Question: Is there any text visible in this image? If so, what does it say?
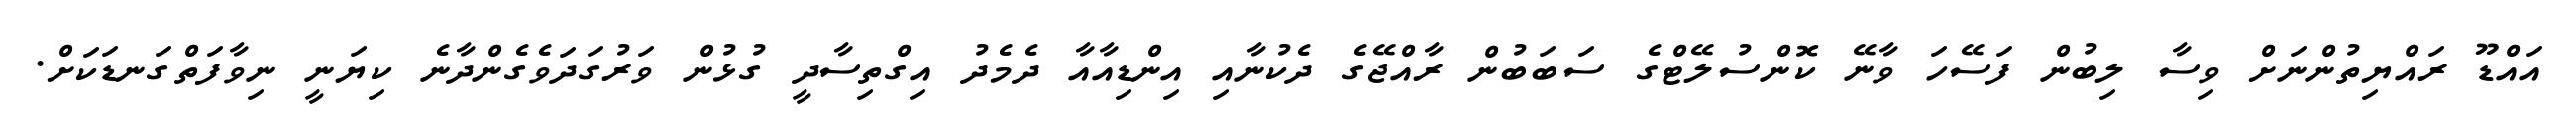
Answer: އައްޑޫ ރައްޔިތުންނަށް ވިސާ ލިބުން ފަސޭހަ ވާނޭ ކޮންސުލޭޓްގެ ސަބަބުން ރާއްޖޭގެ ދެކުނާއި އިންޑިއާއާ ދެމެދު އިގްތިސާދީ ގުޅުން ވަރުގަދަވެގެންދާނެ ކިޔަނީ ނިވާފަތްގަނޑަކަށް.